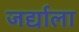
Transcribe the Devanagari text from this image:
जर्द्याला